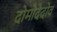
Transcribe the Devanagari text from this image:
दोमोदेदोव